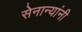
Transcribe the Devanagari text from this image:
सेनान्यांनी